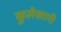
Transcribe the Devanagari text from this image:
कुलेखानी